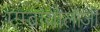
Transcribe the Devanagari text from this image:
एम्ब्रायोलॉजी